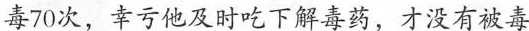
毒70次，幸亏他及时吃下解毒药，才没有被毒